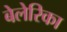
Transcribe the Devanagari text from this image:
बेलेरिका